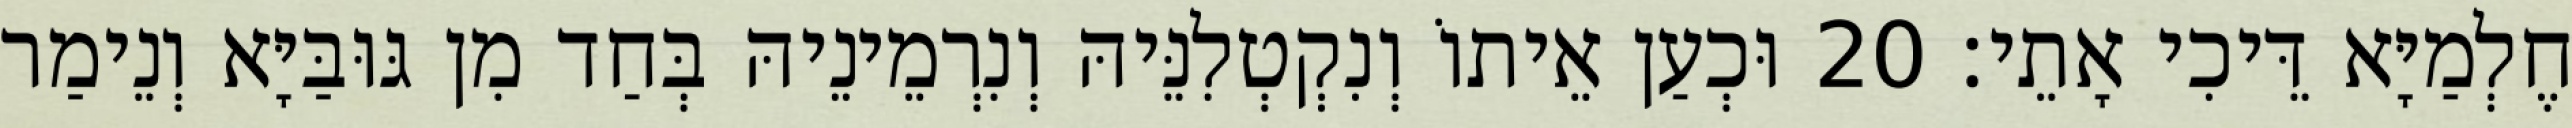
חֶלְמַיָּא דֵּיכִי אָתֵי׃ 20 וּכְעַן אֵיתוֹ וְנִקְטְלִנֵּיהּ וְנִרְמֵינֵיהּ בְּחַד מִן גּוּבַּיָּא וְנֵימַר